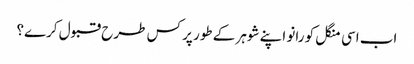
اب اسی منگل کو رانو اپنے شوہر کے طور پر کس طرح قبول کرے؟